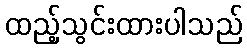
ထည့်သွင်းထားပါသည်